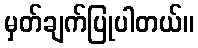
မှတ်ချက်ပြုပါတယ်။